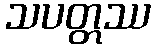
သပတ္တဿ